Report on horse surra - Volume II, Part II
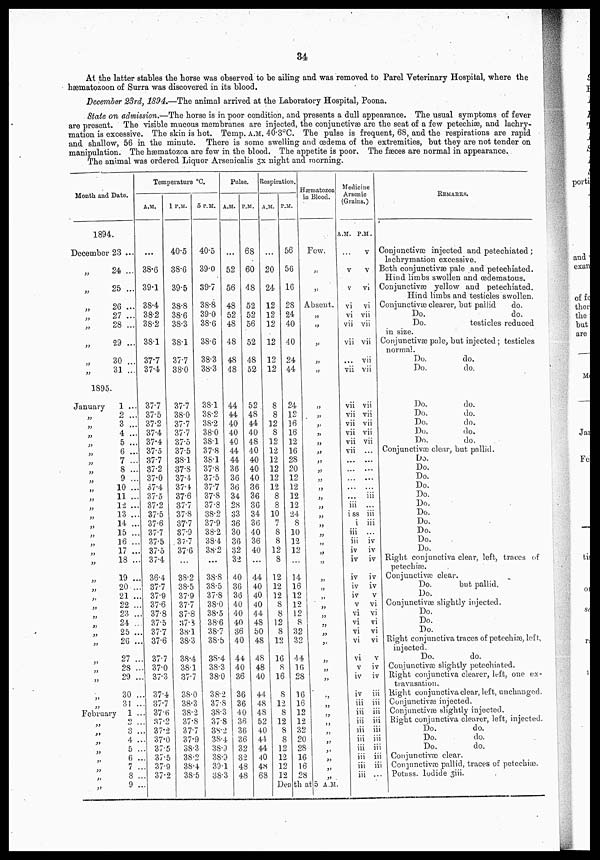
34
At the latter stables the horse was observed to be ailing and was removed to Parel Veterinary Hospital, where the
hæmatozoon of Surra was discovered in its blood.
December 23rd, 1894.—The animal arrived at the Laboratory Hospital, Poona.
State on admission.—The horse is in poor condition, and presents a dull appearance. The usual symptoms of fever
are present. The visible mucous membranes are injected, the conjunctivæ are the seat of a few petechiæ and lachry.
mation is excessive. The skin is hot. Temp. A.M. 40.3°C. The pulse is frequent, 68, and the respirations are rapid
and shallow, 56 in the minute. There is some swelling and œdema of the extremities, but they are not tender on
manipulation. The hæmatozoa are few in the blood. The appetite is poor. The fæces are normal in appearance.
The animal was ordered Liquor Arsenicalis 3x night and morning.
Month and Date.
1894.
December 23 ...
„
„
„
„
„
„
„
„
1895.
January
„
„
„
„
„
„
„
„
„
„
„
„
„
„
„
„
„
„
„
„
„
„
„
„
„
„
„
„
„
„
February
„
„
„
„
„
„
„
„
24, ...
25 ...
26 ...
27 ...
28 ...
29 ...
30 ...
31 ...
1 ...
2 ...
3 ...
4 ...
5 ...
6 ...
7 ...
8 ...
9 ...
10 ...
11 ...
12 ...
13 ...
14 ...
15 ...
16 ...
17 ...
18 ...
19 ...
20...
21 ...
22 ...
23 ...
24 ...
25 ...
26 ...
27 ...
28 ...
29 ...
30 ...
31 ...
1 ...
2...
3...
4 ...
5 ...
6...
7 ...
8 ...
9 ...
Temp
erature °C
.
38.6
39.1
38.4
38.2
38.2
38.1
37.7
37.4
37.7
37.5
37.2
37.4
37.4
37.5
37.7
37.2
37.0
37.4
37.5
37.2
37.5
37.6
37.7
37.5
37.5
37.4
36.4
37.7
37.9
37.6
37.8
37.5
37.7
37.6
37.7
37.0
37.3
37.4
37.7
37.6
37.2
37.2
37.0
37.5
37.5
37.9
37.2
40.5
38.6
39.5
38.8
38.6
38.3
38.1
37.7
38.0
37.7
38.0
37.7
37.7
37.5
37.5
38.1
37.8
37.4
37.4
37.6
37.7
37.8
37.7
37.9
37.7
37.6
38.2
38.5
37.9
37.7
37.8
37.3
38.1
38.3
38.4
38.1
37.7
38.0
38.3
38.2
37.8
37.7
37.9
38.8
38.2
38.4
38.5
40.5
39.0
39.7
38.8
39.0
38.6
38.6
38.3
38.3
38.1
38.2
38.2
38.0
38.1
37.8
35.1
37.8
37.5
37.7
37.8
37.8
38.2
37.9
38.2
38.4
38.2
38.8
38.5
37.8
38.0
38.5
38.6
38.7
38.5
38.4
38.3
38.0
38.2
37.8
38.3
37.8
38.2
38.4
38.2
38.2
39.1
38.3
Pulse.
A.M.
...
52
56
48
52
48
48
48
48
44
44
40
40
40
44
44
36
36
36
34
28
33
36
30
36
32
32
40
36
36
40
40
40
36
40
44
40
36
36
36
40
36
36
36
32
32
48
48
P.M.
68
30
48
52
52
56
52
48
52
52
48
44
40
48
40
40
40
40
36
36
36
34
31
40
36
41
44
40
40
40
44
48
50
48
48
48
40
44
48
48
52
40 44
44
40
48
68
Respiration.
A.M.
...
20
24
12
12
12
12
12
12
8
8
12
8
12
12
12
12
12
12
8
8
10
7
8
8
12
8
12
12
12
8
8
12
8
12
16
8
16
8
12
8
12
8
8
12
12
12
12
P.M.
56
56
16
28
24
40
40
24
44
24
12
16
16
12
16
28
20
12
12
12
12
24
8
10
12
12
14
16
12
12
12
8
32
32
44
16
28
16
16
12
12
32
20
28
16
16
28
Hæmatozoa
in Blood.
Few.
..
„
Absent.
„
„
„
„
„
„
„
„
„
„
„
„
„
„
„
„
„
„
„
„
„
„
„
„
„
„
„
„
„
„
„
„
„
„
„
„
„
„
„
„
„
„
Death at 5A.M at 5 A.M.
Medicine
Arsenic
(Grains.)
A.M.
v
v
v
vi
vi
vii
vii
...
vii
vii
vii
vii
vii
vii
vii
...
...
iii
i ss
i
iii
iii
iv
iv
iv
iv
iv
v
vi
vi
vi
vi
vi
v
iv
iv
iii
iii
iii
iii
iii
iii
iii
iii
iii
P.M.
v
vi
vi
vii
vii
vii
vii
vii
vii
vii
vii
vii
vii
...
...
...
iii
iii
iii
...
iv
iv
iv
iv
iv
v
vi
vi
vi
vi
vi
v
iv
iv
iii
iii
iii
iii
iii
iii
iii
iii
iii
...
REMARKS.
Conjunctivæ injected and petechiated;
lachrymation excessive.
Both conjunctivæ pale and petechiated.
Hind limbs swollen and œdematous.
Conjunctivæ yellow and petechiated.
Hind limbs and testicles swollen.
Conjunctivæ clearer, but pallid
do.
Do.
do.
Do.
testicles reduced
in size.
Conjunctivæ pale, but injected; testicles
normal.
Do.
do.
Do.
do.
Do.
do.
Do.
do.
Do.
do.
Do.
do.
Do.
do.
Conjunctivæ clear, but pallid.
Do.
Do.
Do.
Do.
Do.
Do.
Do.
Do.
Do.
Do.
Do.
Right conjunctiva clear, left, traces of
petechiæ.
Conjunctivæ clear.
Do.
but pallid.
Do.
Conjunctivæ slightly injected.
Do.
Do.
Do.
Right conjunctiva traces of petechiæ, left,
injected.
Do.
do.
Conjunctivæ slightly petechiated.
Right conjunctiva cleaver, left, one ex-
travasation.
Right conjunctiva clear, left, unchanged.
Conjunctivæ injected.
Conjunctivæ slightly injected.
Right conjunctiva clearer, left, injected.
Do.
do.
Do.
do.
Do.
do.
Conjunctivæ clear.
Conjunctivæ pallid, traces of petechias.
Potass. Iodide 3iii.